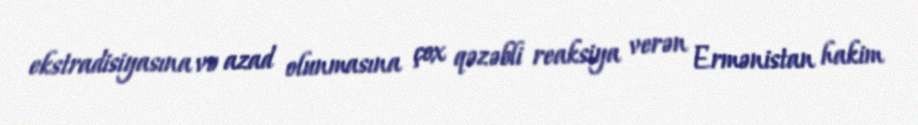
ekstradisiyasına və azad olunmasına çox qəzəbli reaksiya verən Ermənistan hakim